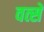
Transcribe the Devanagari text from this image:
वत्से